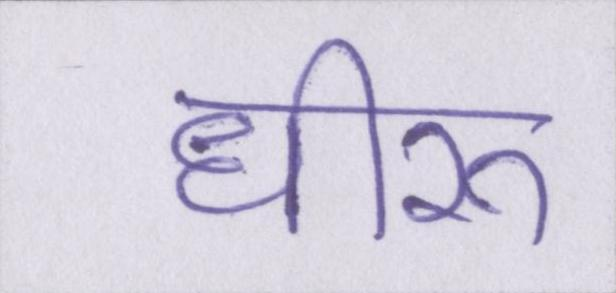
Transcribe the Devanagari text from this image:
धीरू